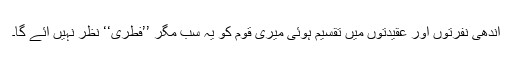
اندھی نفرتوں اور عقیدتوں میں تقسیم ہوئی میری قوم کو یہ سب مگر ’’فطری‘‘ نظر نہیں آئے گا۔